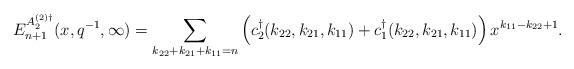
LaTeX: \begin{align*}E_{n+1}^{{A_2^{(2)\dagger}}}(x,q^{-1},\infty)=\sum_{k_{22}+k_{21}+k_{11}=n}\left(c_2^{\dagger}(k_{22},k_{21},k_{11})+c_1^{\dagger}(k_{22},k_{21},k_{11})\right)x^{k_{11}-k_{22}+1}.\end{align*}